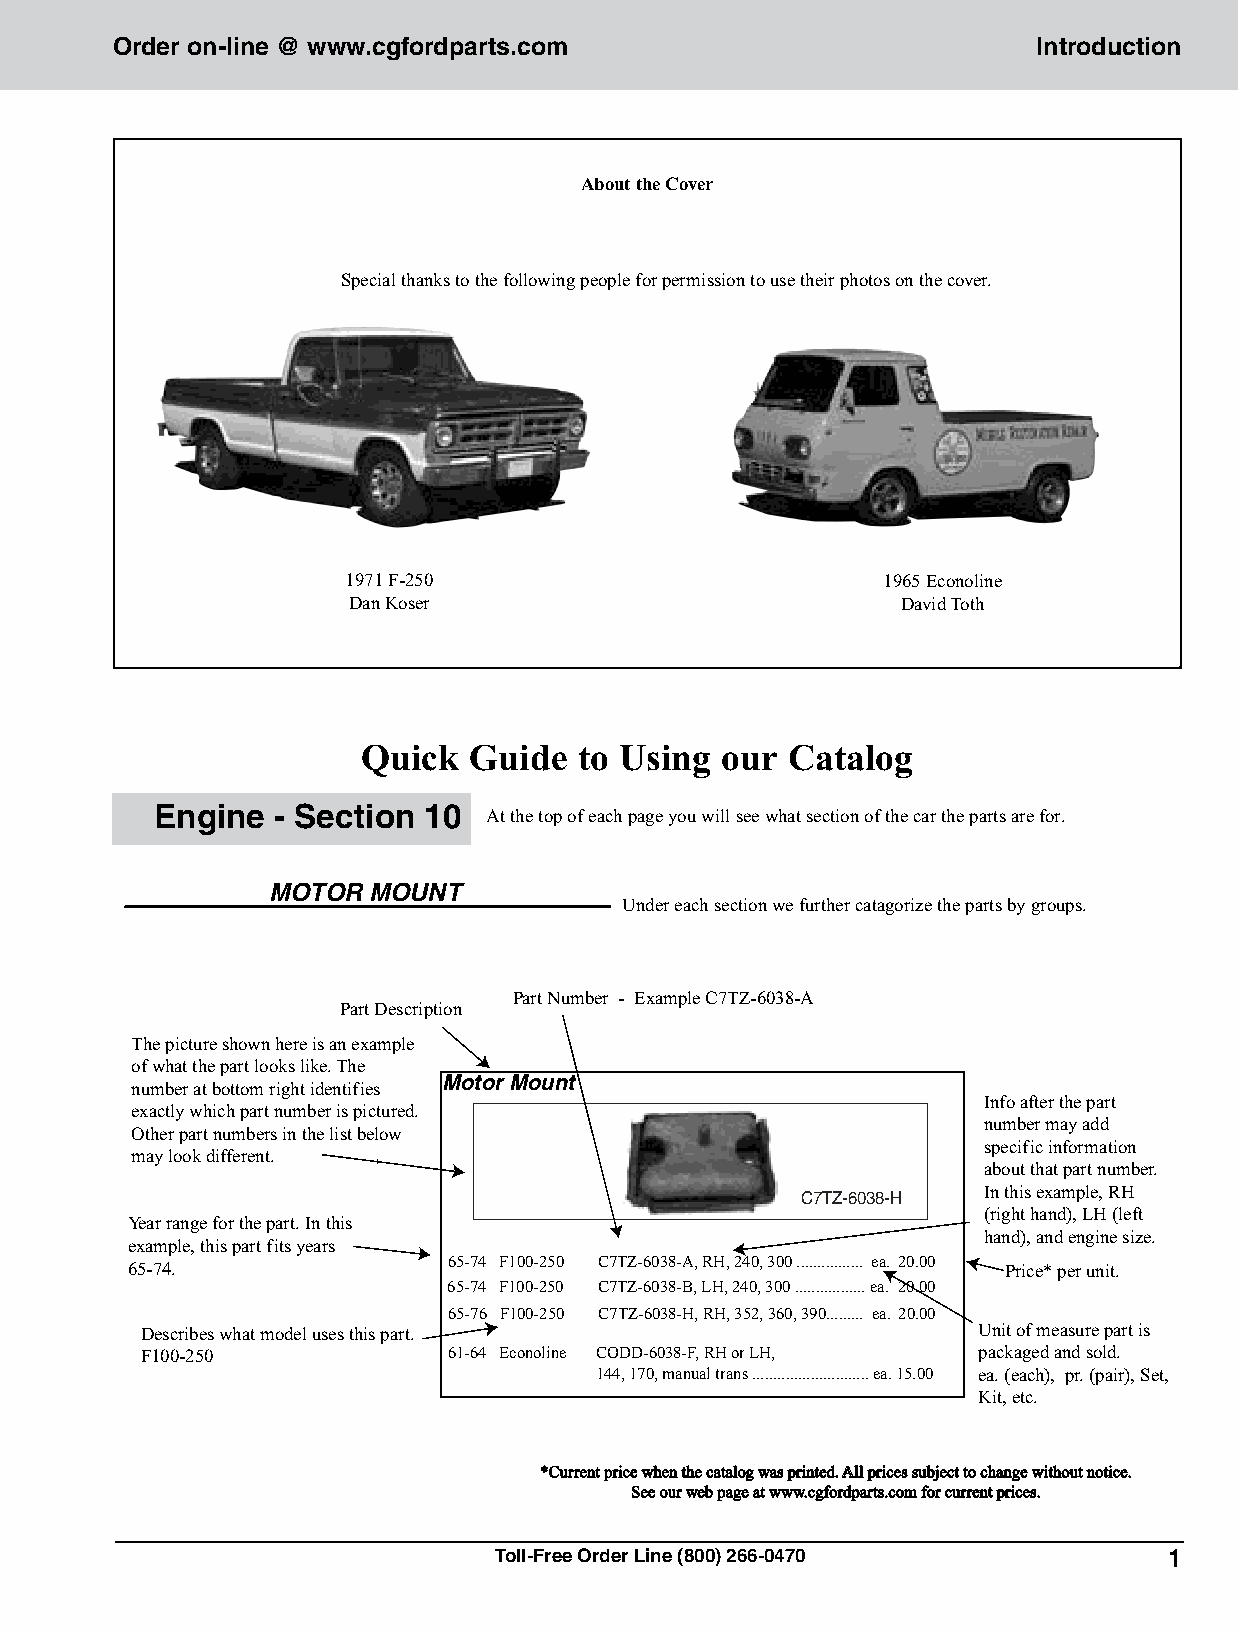
Order on-line @ www.cgfordparts.com                           Introduction
 About the Cover
 Special thanks to the following people for permission to use their photos on the cover.
 1971 F-250                         1965 Econoline
 Dan Koser                            David Toth
 Quick  Guide  to Using  our Catalog
 Engine  - Section 10  At the top of each page you will see what section of the car the parts are for.
 MOTOR MOUNT
 Under each section we further catagorize the parts by group s.
 Part Number - Example C7TZ-6038-A
 Part Description
 The picture shown here is an example
 of what the part looks like. The
 Motor Mount
 number at bottom right identifies
 Info after the part
 exactly which part number is pictured.
 number may add
 Other part numbers in the list below
 specific information
 may look different.
 about that part number.
 In this example, RH
 C7TZ-6038-H
 (right hand), LH (left
 Year range for the part. In this
 hand), and engine size.
 example, this part fits years
 65-74.                65-74 F100-250 C7TZ-6038-A, RH, 240, 300 ................ ea. 20.00 Price* per unit.
 65-74 F100-250 C7TZ-6038-B, LH, 240, 300 ................. ea. 20.00
 65-76 F100-250 C7TZ-6038-H, RH, 352, 360, 390......... ea. 20.00
 Describes what model uses this part.                    Unit of measure part is
 F100-250             61-64 Econ oline CODD-6038-F, R H or LH, packaged and sold.
 144, 170, manual trans . ........................... ea . 15.00 ea. (each), pr. (pair), Set,
 Kit, etc.
 *Current price when the catalog was printed. All prices subject to change without notice.
 See our web page at www.cgfordparts.com for current prices.
 Toll-Free Order Line (800) 266-0470         1